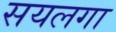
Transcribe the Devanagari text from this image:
सयलगा